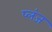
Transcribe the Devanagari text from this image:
प्लंज